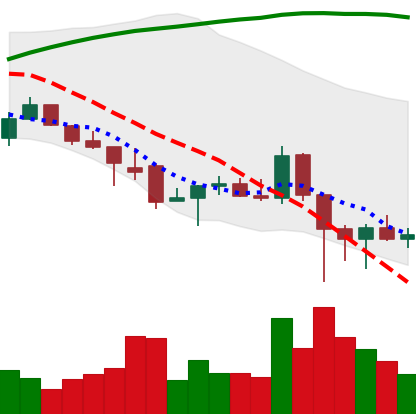
Ticker: ADA-USD
Chart end date: 2021-12-08
Forward return: -12.292%
Label: down_7plus